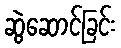
ဆွဲဆောင်ခြင်း